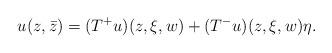
LaTeX: \begin{align*}u(z,\bar z)=(T^+u)(z,\xi,w)+(T^-u)(z,\xi,w)\eta.\end{align*}